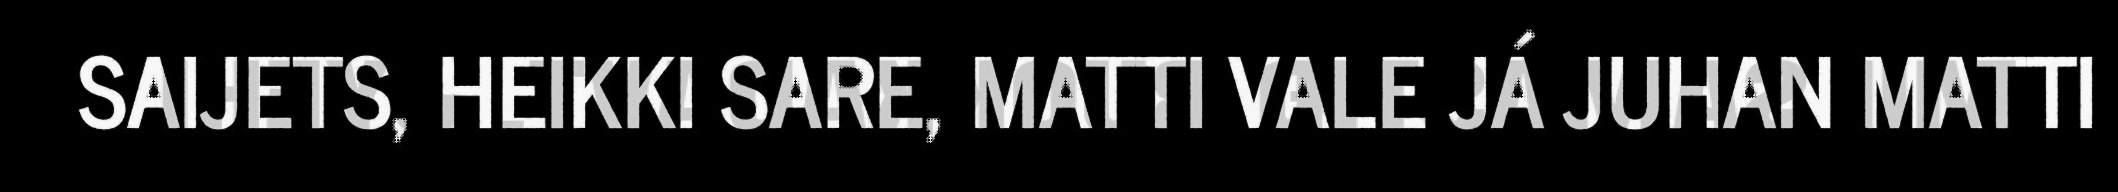
SAIJETS, HEIKKI SARE, MATTI VALE JÁ JUHAN MATTI